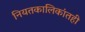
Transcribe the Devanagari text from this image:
नियतकालिकांतही